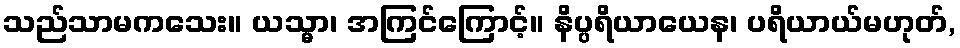
သည်သာမကသေး။ ယသ္မာ၊ အကြင်ကြောင့်။ နိပ္ပရိယာယေန၊ ပရိယာယ်မဟုတ်,